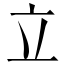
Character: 立